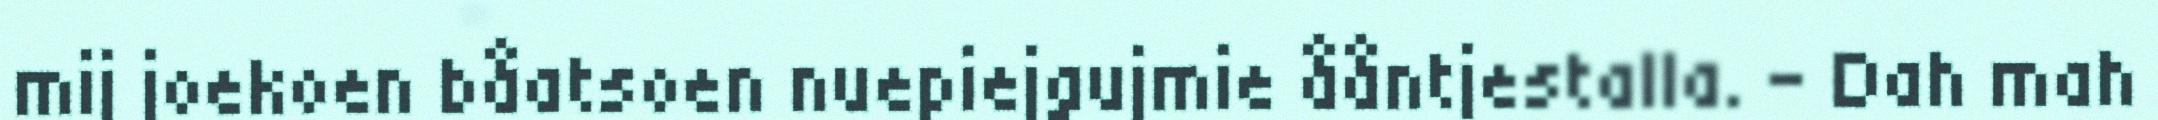
mij joekoen båatsoen nuepiejgujmie ååntjestalla. – Dah mah